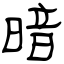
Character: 暗